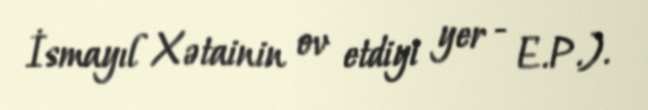
İsmayıl Xətainin ov etdiyi yer - E.P.).